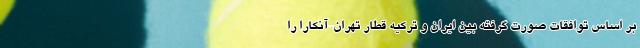
بر اساس توافقات صورت گرفته بین ایران و ترکیه قطار تهران-آنکارا را